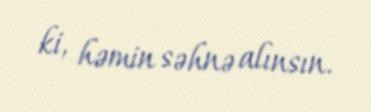
ki, həmin səhnə alınsın.